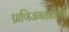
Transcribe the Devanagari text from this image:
प्राणिजगतातल्या